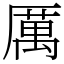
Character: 厲